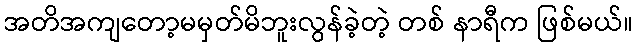
အတိအကျတော့မမှတ်မိဘူးလွန်ခဲ့တဲ့ တစ် နာရီက ဖြစ်မယ်။